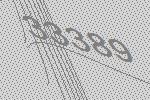
33389